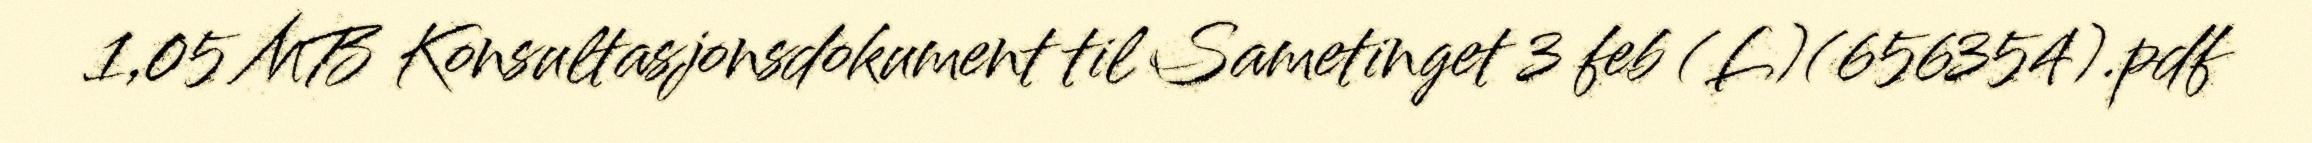
1,05 MB Konsultasjonsdokument til Sametinget 3 feb (L)(656354).pdf